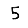
Digit: 5